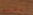
انضموا